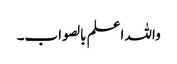
واللہ اعلم بالصواب۔